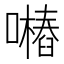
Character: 𱕖